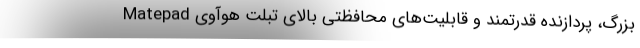
بزرگ، پردازنده قدرتمند و قابلیت‌های محافظتی بالای تبلت هوآوی Matepad